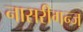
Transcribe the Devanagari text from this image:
नासरीगन्ज्